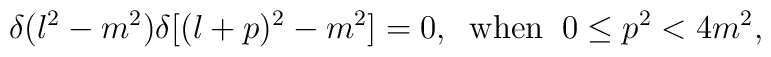
\delta(l^2-m^2)\delta[(l+p)^2-m^2]=0, \;\; {\rm when} \;\; 0\leq p^2<4m^2,